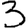
Digit: 3